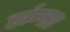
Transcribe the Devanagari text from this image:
हांन्सा